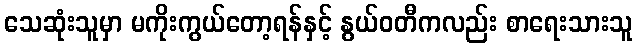
သေဆုံးသူမှာ မကိုးကွယ်တော့ရန်နှင့် နွယ်ဝတီကလည်း စာရေးသားသူ